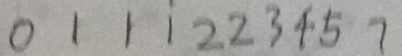
0 1 1 1 2 2 3 4 5 7